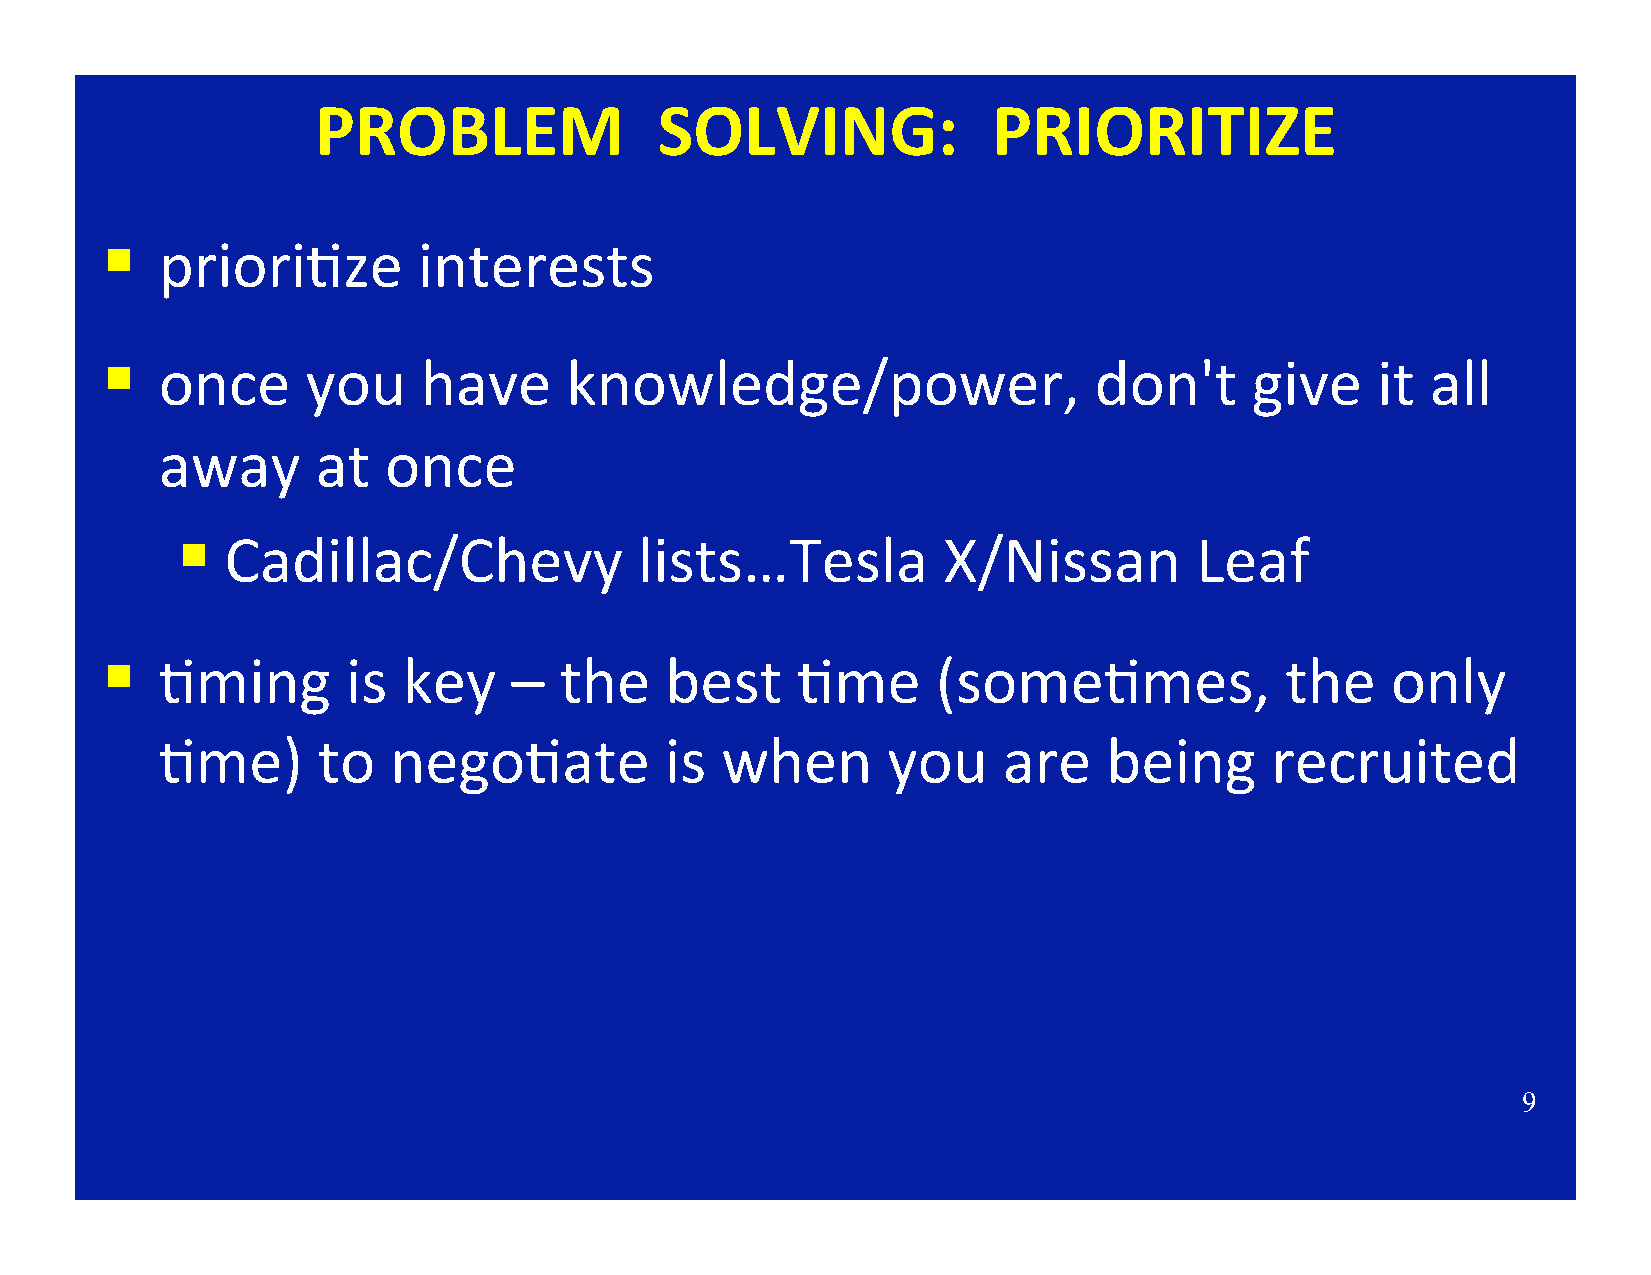
PROBLEM                SOLVING:              PRIORITIZE
 §
 priori;ze        interests
 §
 once     you     have     knowledge/power,                   don't      give    it  all
 away      at  once
 §
 Cadillac/Chevy             lists…Tesla         X/Nissan         Leaf
 §
 ;ming       is  key    –  the    best     ;me      (some;mes,             the    only
 ;me)      to   nego;ate          is  when       you    are    being      recruited
 9